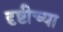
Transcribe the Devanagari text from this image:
दृष्टीच्या